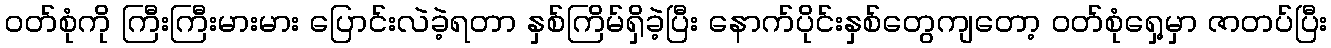
ဝတ်စုံကို ကြီးကြီးမားမား ပြောင်းလဲခဲ့ရတာ နှစ်ကြိမ်ရှိခဲ့ပြီး နောက်ပိုင်းနှစ်တွေကျတော့ ဝတ်စုံရှေ့မှာ ဇာတပ်ပြီး